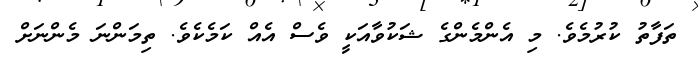
ތަފާތު ކުރުމެވެ. މި އެންމެންގެ ޝަކުވާއަކީ ވެސް އެއް ކަމެކެވެ. ތިމަންނަ މެންނަށް